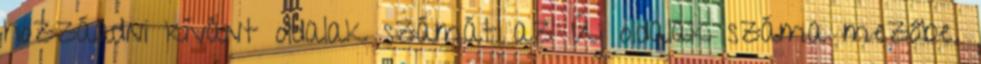
hozzáadni kívánt oldalak számát az Új oldalak száma mezőbe.